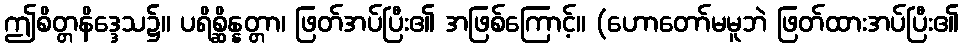
ဤစိတ္တနိဒ္ဒေသ၌။ ပရိစ္ဆိန္နတ္တာ၊ ဖြတ်အပ်ပြီး၏ အဖြစ်ကြောင့်။ (ဟောတော်မမူဘဲ ဖြတ်ထားအပ်ပြီး၏